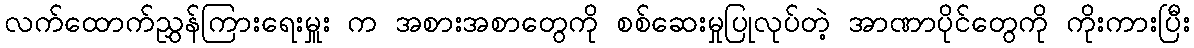
လက်ထောက်ညွှန်ကြားရေးမှူး က အစားအစာတွေကို စစ်ဆေးမှုပြုလုပ်တဲ့ အာဏာပိုင်တွေကို ကိုးကားပြီး